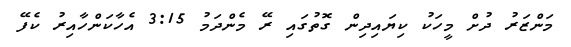
މަންޒަރު ދުށް މީހަކު ކިޔައިދިން ގޮތުގައި ރޭ މެންދަމު 3:15 އެހާކަންހާއިރު ކެފޭ